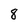
Character: 8